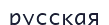
русская